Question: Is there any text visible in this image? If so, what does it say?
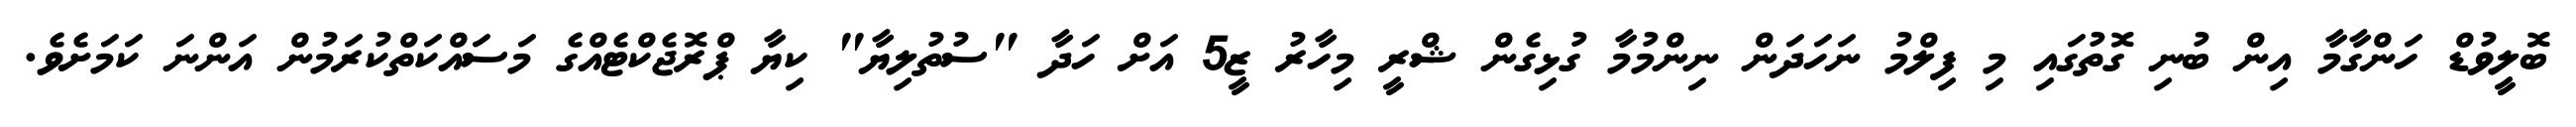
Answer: ބޮލީވުޑް ހަންގާމާ އިން ބުނި ގޮތުގައި މި ފިލްމު ނަހަދަން ނިންމުމާ ގުޅިގެން ޝްރީ މިހާރު ޒީ5 އަށް ހަދާ "ސުތުލިޔާ" ކިޔާ ޕްރޮޖެކްޓެއްގެ މަސައްކަތްކުރަމުން އަންނަ ކަމަށެވެ.